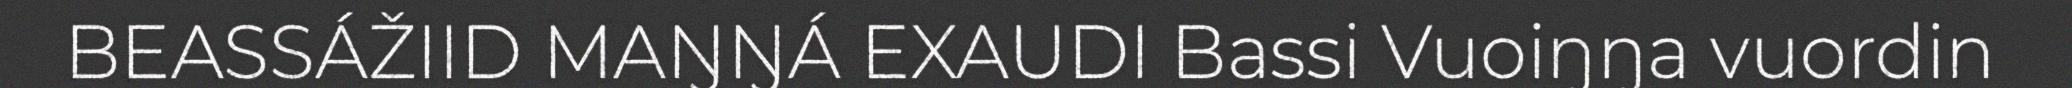
BEASSÁŽIID MAŊŊÁ EXAUDI Bassi Vuoiŋŋa vuordin